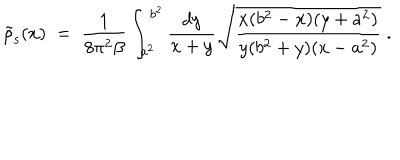
LaTeX: \tilde { \rho } _ { \mathrm { s } } ( x ) \; = \; { \frac { 1 } { 8 \pi ^ { 2 } \beta } } \int _ { a ^ { 2 } } ^ { b ^ { 2 } } { \frac { d y } { x + y } } \sqrt { { \frac { x ( b ^ { 2 } - x ) ( y + a ^ { 2 } ) } { y ( b ^ { 2 } + y ) ( x - a ^ { 2 } ) } } } \; .